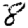
Digit: 8